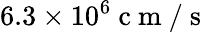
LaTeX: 6.3\times 10^{6}\mathrm{~c~m~/~s~}